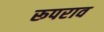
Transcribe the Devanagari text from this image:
रूपराव